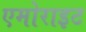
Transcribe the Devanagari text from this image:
एमोराइट